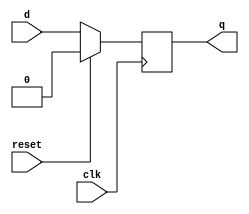
`timescale 1ns / 1ps
//////////////////////////////////////////////////////////////////////////////////
// Company: 
// Engineer: 
// 
// Design Name: 
// Module Name:    dff 
// Project Name: 
// Target Devices: 
// Tool versions: 
// Description: 
//
// Dependencies: 
//
// Revision: 
// Revision 0.01 - File Created
// Additional Comments: 
//
//////////////////////////////////////////////////////////////////////////////////
module dff(
    input d,
    input clk,
	 input reset,
	 output reg q
    );

always@(posedge clk)
begin
	if(reset==1) q<=1'b0;
	else q<=d;
end 

endmodule